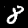
Label: 8